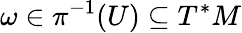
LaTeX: \omega\in{{\pi}}^{-1}(U)\subseteq T^{*}M